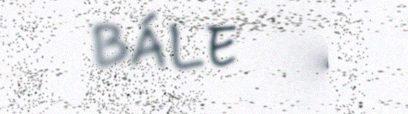
BÁLE GÅ